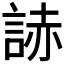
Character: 𧨃